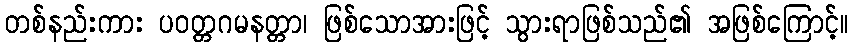
တစ်နည်းကား ပဝတ္တဂမနတ္တာ၊ ဖြစ်သောအားဖြင့် သွားရာဖြစ်သည်၏ အဖြစ်ကြောင့်။